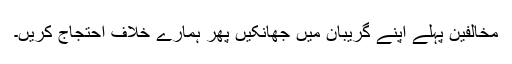
مخالفین پہلے اپنے گریبان میں جھانکیں پھر ہمارے خلاف احتجاج کریں۔